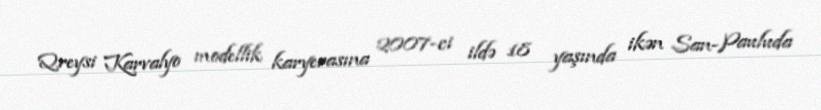
Qreysi Karvalyo modellik karyerasına 2007-ci ildə 18 yaşında ikən San-Pauluda